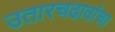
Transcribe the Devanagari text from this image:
उतारचढावांचा